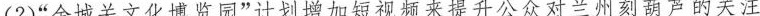
(2)”金城关文化博览园”计划增加短视频来提升公众对兰州刻葫芦的关注